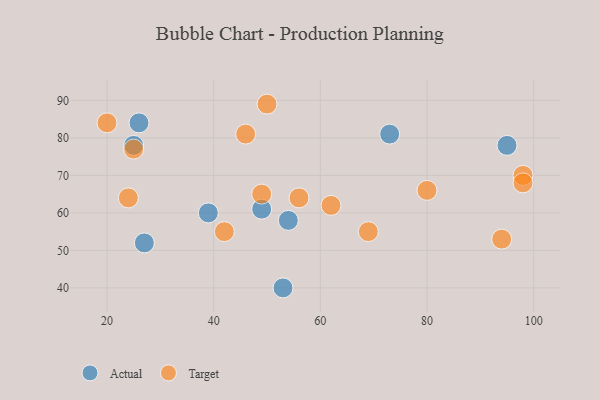
{"axis": {"x": "GDP", "y": "Life Expectancy"}, "legend": ["Actual", "Target"], "data": [{"x": "27", "y": 52, "type": "Actual"}, {"x": "73", "y": 81, "type": "Actual"}, {"x": "53", "y": 40, "type": "Actual"}, {"x": "49", "y": 61, "type": "Actual"}, {"x": "95", "y": 78, "type": "Actual"}, {"x": "25", "y": 78, "type": "Actual"}, {"x": "26", "y": 84, "type": "Actual"}, {"x": "54", "y": 58, "type": "Actual"}, {"x": "39", "y": 60, "type": "Actual"}, {"x": "20", "y": 84, "type": "Target"}, {"x": "98", "y": 70, "type": "Target"}, {"x": "80", "y": 66, "type": "Target"}, {"x": "56", "y": 64, "type": "Target"}, {"x": "50", "y": 89, "type": "Target"}, {"x": "42", "y": 55, "type": "Target"}, {"x": "94", "y": 53, "type": "Target"}, {"x": "69", "y": 55, "type": "Target"}, {"x": "46", "y": 81, "type": "Target"}, {"x": "24", "y": 64, "type": "Target"}, {"x": "25", "y": 77, "type": "Target"}, {"x": "98", "y": 68, "type": "Target"}, {"x": "49", "y": 65, "type": "Target"}, {"x": "62", "y": 62, "type": "Target"}]}